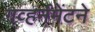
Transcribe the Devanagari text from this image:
गव्हर्नमेंटने